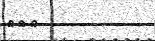
١٨٨